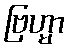
ဗြဟ္မာ